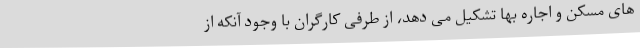
های مسکن و اجاره بها تشکیل می دهد، از طرفی کارگران با وجود آنکه از